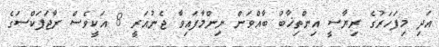
އަދި މިފަހަރުގެ ރިޔާސީ އިންތިޚާބު ބާއްވަން ނިންމާފައިވާ ޖެނުއަރީ 8 އަކީވެސް ރާޖަޕަކްސަގެ